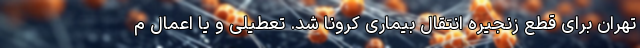
تهران برای قطع زنجیره انتقال بیماری کرونا شد. تعطیلی و یا اعمال م